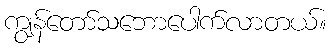
ကျွန်တော်သဘောပေါက်လာတယ်။